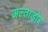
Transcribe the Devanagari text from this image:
अल्ताडोर